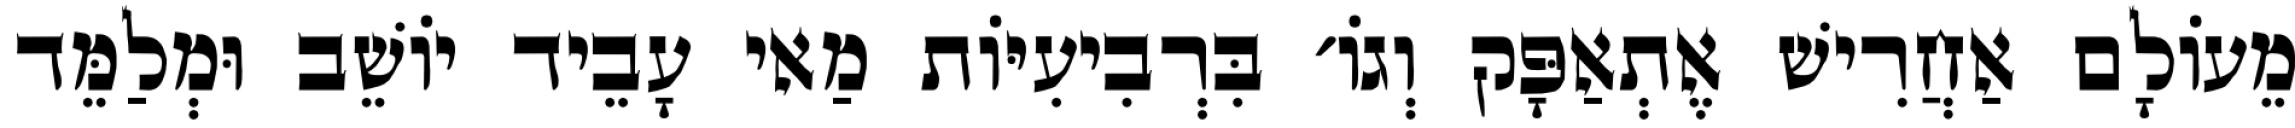
מֵעוֹלָם אַחֲרִישׁ אֶתְאַפָּק וְגוֹ׳ בִּרְבִיעִיּוֹת מַאי עָבֵיד יוֹשֵׁב וּמְלַמֵּד